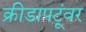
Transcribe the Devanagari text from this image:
क्रीडापटूंवर